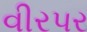
વીરપર